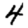
Digit: 4